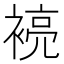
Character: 𮖞